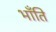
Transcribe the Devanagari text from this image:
भॉंति